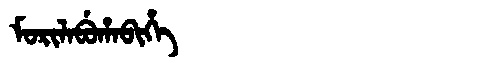
Manchu: ᠮᠣᡵᡳᠯᠠᠪᡠᡥᠠᠪᡳᡥᡝ
Romanization: MORILABUHABIHE